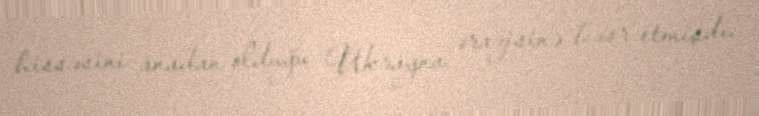
hissəsini anadan olduğu Ukrayna ərazisinə həsr etmişdi.